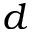
d